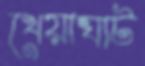
খেয়াঘাট